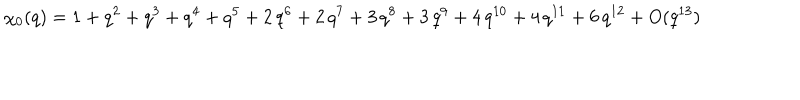
\chi _ { 0 } ( q ) = 1 + q ^ { 2 } + q ^ { 3 } + q ^ { 4 } + q ^ { 5 } + 2 \, q ^ { 6 } + 2 \, q ^ { 7 } + 3 \, q ^ { 8 } + 3 \, q ^ { 9 } + 4 \, q ^ { 1 0 } + 4 \, q ^ { 1 1 } + 6 \, q ^ { 1 2 } + O ( q ^ { 1 3 } )